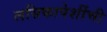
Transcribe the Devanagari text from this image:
लसिकापेशींची